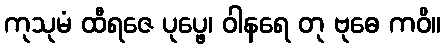
ကုသုမံ ထီရဇေ ပုပ္ဖေ၊ ဝါနရေ တု ဗုဓေ ကဝိ။